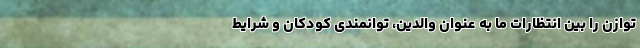
توازن را بین انتظارات ما به عنوان والدین، توانمندی کودکان و شرایط